Report of the veterinary officer investigating camel disease
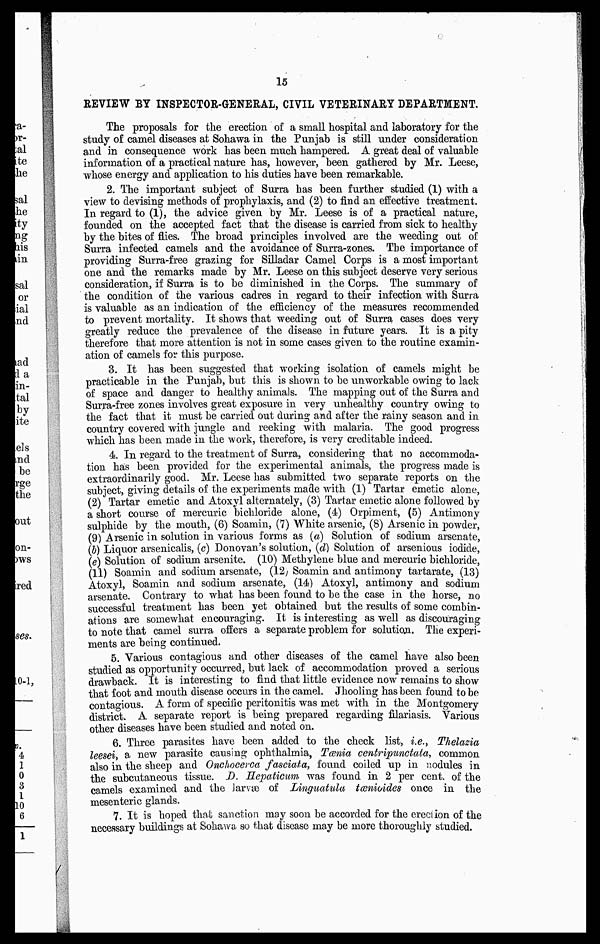
15
REVIEW BY INSPECTOR-GENERAL, CIVIL VETERINARY DEPARTMENT.
The proposals for the erection of a small hospital and laboratory for the
study of camel diseases at Sohawa in the Punjab is still under consideration
and in consequence work has been much hampered. A great deal of valuable
information of a practical nature has, however, been gathered by Mr. Leese,
whose energy and application to his duties have been remarkable.
2. The important subject of Surra has been further studied (1) with a
view to devising methods of prophylaxis, and (2) to find an effective treatment.
In regard to (1), the advice given by Mr. Leese is of a practical nature,
founded on the accepted fact that the disease is carried from sick to healthy
by the bites of flies. The broad principles involved are the weeding out of
Surra infected camels and the avoidance of Surra-zones. The importance of
providing Surra-free grazing for Silladar Camel Corps is a most important
one and the remarks made by Mr. Leese on this subject deserve very serious
consideration, if Surra is to be diminished in the Corps. The summary of
the condition of the various cadres in regard to their infection with Surra
is valuable as an indication of the efficiency of the measures recommended
to prevent mortality. It shows that weeding out of Surra cases does very
greatly reduce the prevalence of the disease in future years. It is a pity
therefore that more attention is not in some cases given to the routine examin-
ation of camels for this purpose.
3. It has been suggested that working isolation of camels might be
practicable in the Punjab, but this is shown to be unworkable owing to lack
of space and danger to healthy animals. The mapping out of the Surra and
Surra-free zones involves great exposure in very unhealthy country owing to
the fact that it must be carried out during and after the rainy season and in
country covered with jungle and reeking with malaria. The good progress
which has been made in the work, therefore, is very creditable indeed.
4. In regard to the treatment of Surra, considering that no accommoda-
tion has been provided for the experimental animals, the progress made is
extraordinarily good. Mr. Leese has submitted two separate reports on the
subject, giving details of the experiments made with (1) Tartar emetic alone,
(2) Tartar emetic and Atoxyl alternately, (3) Tartar emetic alone followed by
a short course of mercuric bichloride alone, (4) Orpiment, (5) Antimony
sulphide by the mouth, (6) Soamin, (7) White arsenic, (8) Arsenic in powder,
(9) Arsenic in solution in various forms as (a) Solution of sodium arsenate,
(b) Liquor arsenicalis, (c) Donovan's solution, (d) Solution of arsenious iodide,
(e) Solution of sodium arsenite. (10) Methylene blue and mercuric bichloride,
(11) Soamin and sodium arsenate, (12) Soamin and antimony tartarate, (13)
Atoxyl, Soamin and sodium arsenate, (14) Atoxyl, antimony and sodium
arsenate. Contrary to what has been found to be the case in the horse, no
successful treatment has been yet obtained but the results of some combin-
ations are somewhat encouraging. It is interesting as well as discouraging
to note that camel surra offers a separate problem for solution. The experi-
ments are being continued.
5. Various contagious and other diseases of the camel have also been
studied as opportunity occurred, but lack of accommodation proved a serious
drawback. It is interesting to find that little evidence now remains to show
that foot and mouth disease occurs in the camel. Jhooling has been found to be
contagious. A form of specific peritonitis was met with in the Montgomery
district. A separate report is being prepared regarding filariasis. Various
other diseases have been studied and noted on.
6. Three parasites have been added to the check list, i.e., Thelazia
leesei, a new parasite causing ophthalmia, Tænia centripunctata, common
also in the sheep and Onchocerca fasciata, found coiled up in nodules in
the subcutaneous tissue. D. Hepaticum was found in 2 per cent. of the
camels examined and the Jarvæ of Linguatula tænioides once in the
mesenteric glands.
7. It is hoped that sanction may soon be accorded for the erection of the
necessary buildings at Sohawa so that disease may be more thoroughly studied.